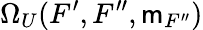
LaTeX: \Omega_{U}(F^{\prime},F^{\prime\prime},\mathsf{m}_{F^{\prime\prime}})